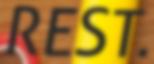
REST.